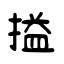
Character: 搤